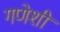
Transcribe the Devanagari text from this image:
गणेशी